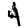
Digit: 4